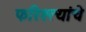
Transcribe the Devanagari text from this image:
फरिश्त्यांचे